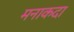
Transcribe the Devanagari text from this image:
मनाकदा